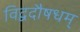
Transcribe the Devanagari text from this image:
विद्वदौषधम्